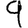
Digit: 9